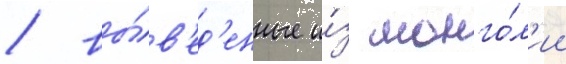
/ вы́в'ед'енные и́з монго́л'ии